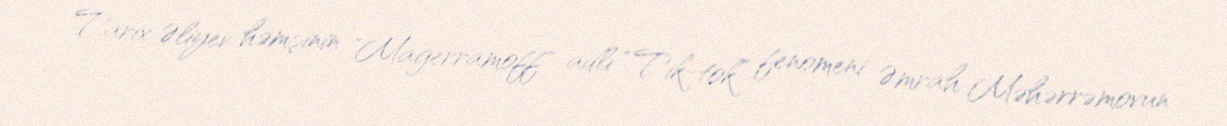
Tarix Əliyev həmçinin "Magerramoff" adlı “Tik-tok” fenomeni Əmrah Məhərrəmovun